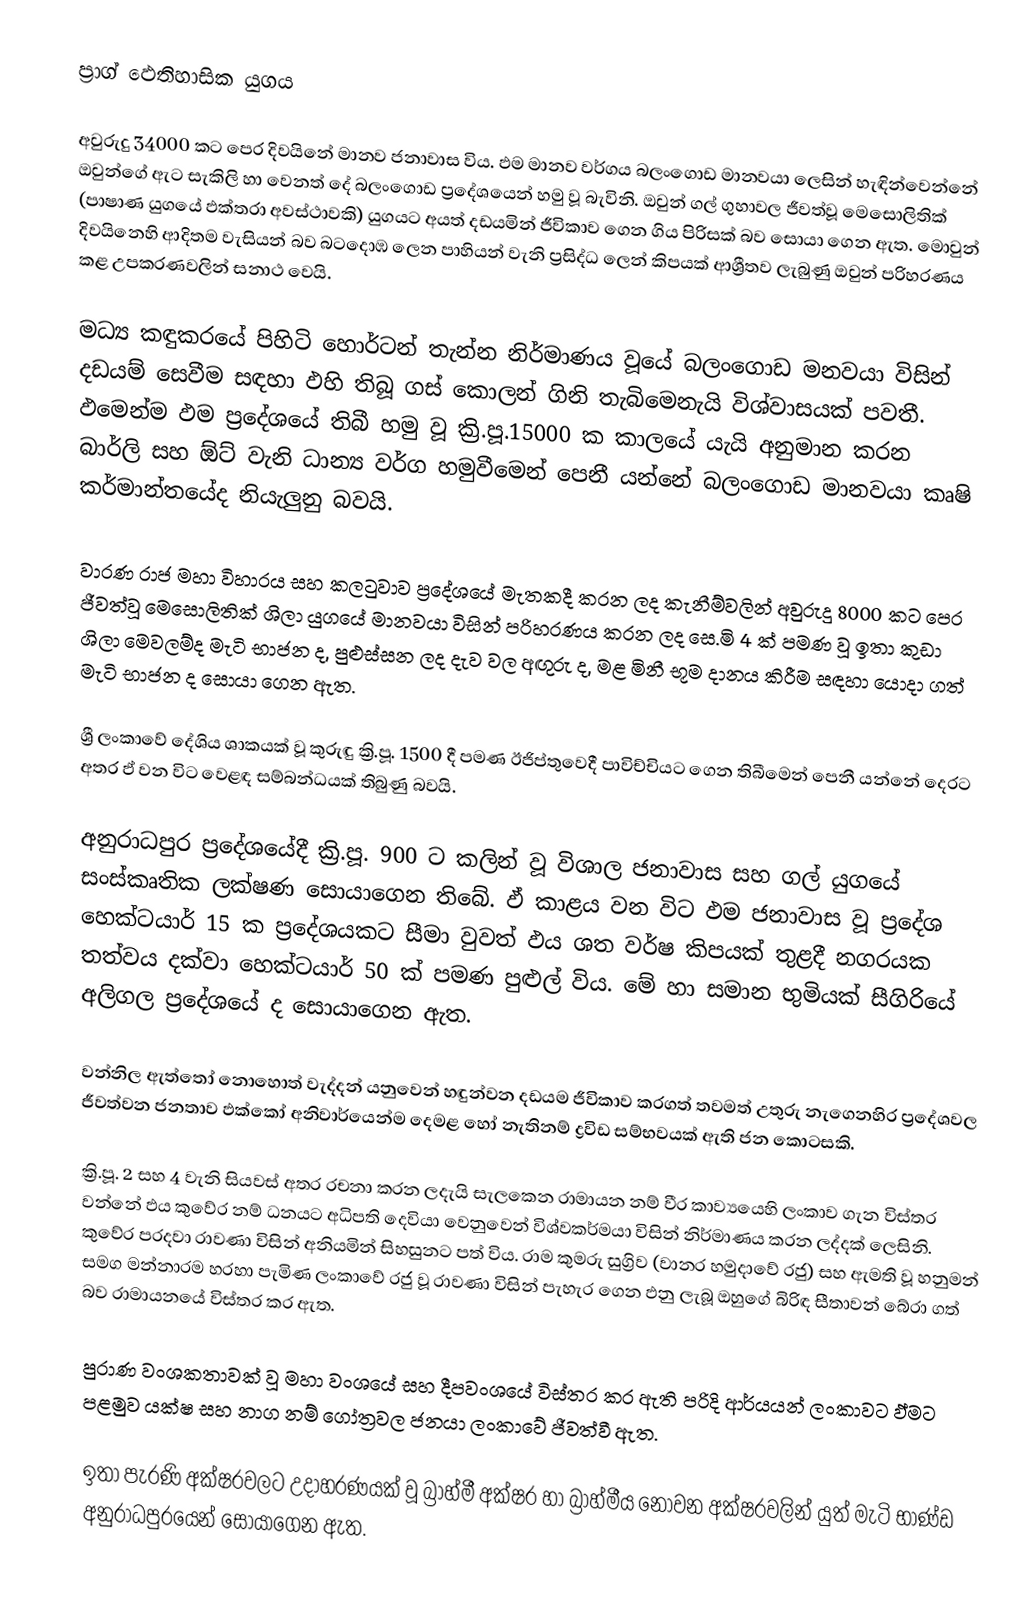
ප්‍රාග් ඵෙතිහාසික යුගය

අවුරුදු 34000 කට පෙර දිවයි‍නේ මානව ජනාවාස විය. ඵම මානව වර්ගය බලංගොඩ මානවයා ලෙසින් හැඳින්වෙන්නේ ඔවුන්ගේ ඇට සැකිලි හා වෙනත් දේ බලංගොඩ ප්‍රදේශයෙන් හමු වූ බැවිනි. ඔවුන් ගල් ගුහාවල ජීවත්වූ මෙසොලිතික් (පාෂාණ යුගයේ ඵක්තරා අවස්ථාවකි) යුගයට අයත් දඩයමින් ජීවිකාව ගෙන ගිය පිරිසක් බව සොයා ගෙන ඇත. මොවුන් දිවයිනෙහි ආදිතම වැසියන් බව බටදොඹ ලෙන පාහියන් වැනි ප්‍රසිද්ධ ලෙන් කිපයක් ආශ්‍රීතව ලැබුණු ඔවුන් පරිහරණය කළ උපකරණවලින් සනාථ වෙයි.

මධ්‍ය කඳුකරයේ පිහිටි හොර්ටන් තැන්න නිර්මාණය වූයේ බලංගොඩ මනවයා විසින් දඩයම් සෙවීම සඳහා ඵහි තිබූ ගස් කොලන් ගිනි තැබිමෙනැයි විශ්වාසයක් පවතී. ඵමෙන්ම ඵම ප්‍රදේශයේ තිබී හමු වූ ක්‍රි.පූ.15000 ක කාලයේ යැයි අනුමාන කරන බාර්ලි සහ ඕට් වැනි ධාන්‍ය වර්ග හමුවීමෙන් පෙනී යන්නේ බලංගොඩ මානවයා කෘෂි කර්මාන්තයේද නියැලුනු බවයි.

වාරණ රාජ මහා විහාරය සහ කලටුවාව ප්‍රදේශයේ මැතකදී කරන ලද කැනීම්වලින් අවුරුදු 8000 කට පෙර ජීවත්වූ මෙසොලිතික් ශිලා යුගයේ මානවයා විසින් පරිහරණය කරන ලද සෙ.මි 4 ක් පමණ වූ ඉතා කුඩා ශිලා මෙවලම්ද මැටි භාජන ද, පුළුස්සන ලද දැව වල අඟුරු ද, මළ මිනී භූම දානය කිරීම සඳහා යොදා ගත් මැටි භාජන ද සොයා ගෙන ඇත.

ශ්‍රී ලංකා‍වේ දේශිය ශාකයක් වූ කුරුඳු ක්‍රි.පූ. 1500 දී පමණ ඊජිප්තුවෙදී පාවිච්චියට ගෙන තිබීමෙන් පෙනී යන්නේ දෙරට අතර ඵ් වන විට වෙළඳ සම්බන්ධයක් තිබුණු බවයි.

අනුරාධපුර ප්‍රදේශයේදී ක්‍රි.පූ. 900 ට කලින් වූ විශාල ජනාවාස සහ ගල් යුගයේ සංස්කෘතික ලක්ෂණ සොයාගෙන තිබේ. ඵ් කාළය වන විට ඵම ජනාවාස වූ ප්‍රදේශ හෙක්ටයාර් 15 ක ප්‍රදේශයකට සීමා වුවත් ඵය ශත වර්ෂ කිපයක් තුළදී නගරයක තත්වය දක්වා හෙක්ටයාර් 50 ක් පමණ පුළුල් විය. මේ හා සමාන භුමියක් සීගිරියේ අලිගල ප්‍රදේශයේ ද සොයාගෙන ඇත.

වන්නිල ඇත්තෝ නොහොත් වැද්දන් යනුවෙන් හඳුන්වන දඩයම ජීවිකාව කරගත් තවමත් උතුරු නැගෙනහිර ප්‍රදේශවල ජීවත්වන ජනතාව ඵක්කෝ අනිවාර්යෙන්ම දෙමළ හෝ නැතිනම් ද්‍රවිඩ සම්භවයක් ඇති ජන කොටසකි.

ක්‍රි.පූ. 2 සහ 4 වැනි සියවස් අතර රචනා කරන ලදැයි සැලකෙන රාමායන නම් වීර කාව්‍යයෙහි ලංකාව ගැන විස්තර වන්නේ ඵය කුවේර නම් ධනයට අධිපති දෙවියා වෙනුවෙන් විශ්වකර්මයා විසින් නිර්මාණය කරන ලද්දක් ලෙසිනි. කුවේර පරදවා රාවණා විසින් අනියමින් සිහසුනට පත් විය. රාම කුමරු සුග්‍රිව (වානර හමුදාවේ රජු) සහ ඇමති වූ හනුමන් සමග මන්නාරම හරහා පැමිණ ලංකාවේ රජු වූ රාවණා විසින් පැහැර ගෙන ඵනු ලැබූ ඔහුගේ බිරිඳ සීතාවන් බේරා ගත් බව රාමායනයේ විස්තර කර ඇත.

පුරාණ වංශකතාවක් වූ මහා වංශයේ සහ දීපවංශයේ විස්තර කර ඇති පරිදි ආර්යයන් ලංකාවට ඵ්මට පළමුව යක්ෂ සහ නාග නම් ගෝත්‍රවල ජනයා ලංකාවේ ජීවත්වී ඇත.

ඉතා පැරණි අක්ෂරවලට උදාහරණයක් වූ බ්‍රාහ්මී අක්ෂර හා බ්‍රාහ්මීය නොවන අක්ෂරවලින් යුත් මැටි භාණ්ඩ අනුරාධපුරයෙන් සොයාගෙන ඇත.